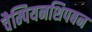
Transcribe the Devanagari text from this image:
चैम्पियनशिपबन